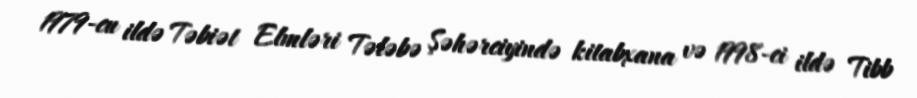
1979-cu ildə Təbiət Elmləri Tələbə Şəhərciyində kitabxana və 1998-ci ildə Tibb